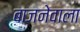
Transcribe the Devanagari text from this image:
बाजनेवाला